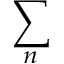
\sum _ { n }